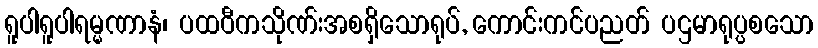
ရူပါရူပါရမ္မဏာနံ၊ ပထဝီကသိုဏ်းအစရှိသောရုပ်, ကောင်းကင်ပညတ် ပဌမာရုပ္ပစသော